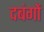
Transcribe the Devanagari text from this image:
दबंगों